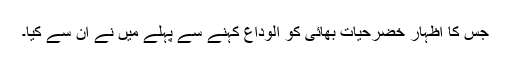
جس کا اظہار خضرحیات بھائی کو الوداع کہنے سے پہلے میں نے ان سے کیا۔